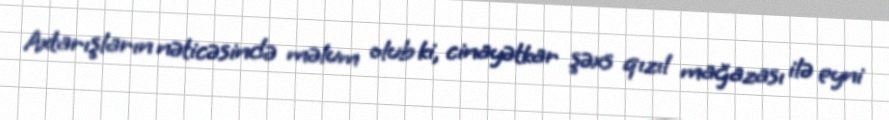
Axtarışların nəticəsində məlum olub ki, cinayətkar şəxs qızıl mağazası ilə eyni